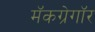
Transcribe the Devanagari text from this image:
मॅकग्रेगॉर